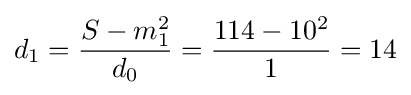
d_{1}={\frac {S-m_{1}^{2}}{d_{0}}}={\frac {114-10^{2}}{1}}=14